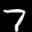
Label: 7